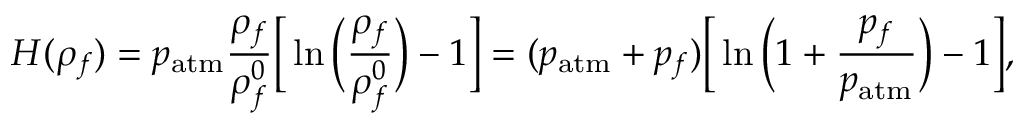
H ( \rho _ { f } ) = p _ { \mathrm { a t m } } \frac { \rho _ { f } } { \rho _ { f } ^ { 0 } } \Big [ \ln \Big ( \frac { \rho _ { f } } { \rho _ { f } ^ { 0 } } \Big ) - 1 \Big ] = ( p _ { \mathrm { a t m } } + p _ { f } ) \Big [ \ln \Big ( 1 + \frac { p _ { f } } { p _ { \mathrm { a t m } } } \Big ) - 1 \Big ] ,